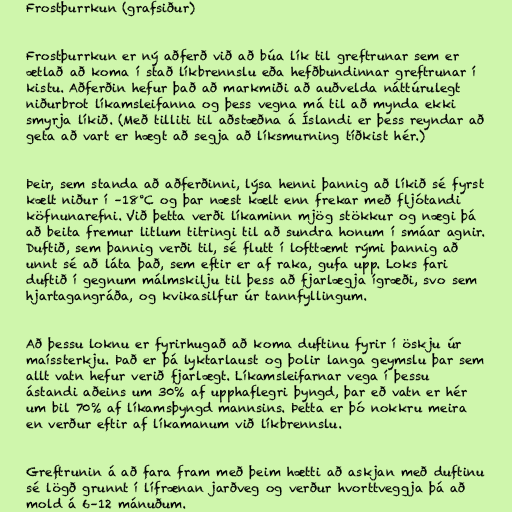
Frostþurrkun (grafsiður)

Frostþurrkun er ný aðferð við að búa lík til greftrunar sem er
ætlað að koma í stað líkbrennslu eða hefðbundinnar greftrunar í
kistu. Aðferðin hefur það að markmiði að auðvelda náttúrulegt
niðurbrot líkamsleifanna og þess vegna má til að mynda ekki
smyrja líkið. (Með tilliti til aðstæðna á Íslandi er þess reyndar að
geta að vart er hægt að segja að líksmurning tíðkist hér.)

Þeir, sem standa að aðferðinni, lýsa henni þannig að líkið sé fyrst
kælt niður í –18°C og þar næst kælt enn frekar með fljótandi
köfnunarefni. Við þetta verði líkaminn mjög stökkur og nægi þá
að beita fremur litlum titringi til að sundra honum í smáar agnir.
Duftið, sem þannig verði til, sé flutt í lofttæmt rými þannig að
unnt sé að láta það, sem eftir er af raka, gufa upp. Loks fari
duftið í gegnum málmskilju til þess að fjarlægja ígræði, svo sem
hjartagangráða, og kvikasilfur úr tannfyllingum.

Að þessu loknu er fyrirhugað að koma duftinu fyrir í öskju úr
maíssterkju. Það er þá lyktarlaust og þolir langa geymslu þar sem
allt vatn hefur verið fjarlægt. Líkamsleifarnar vega í þessu
ástandi aðeins um 30% af upphaflegri þyngd, þar eð vatn er hér
um bil 70% af líkamsþyngd mannsins. Þetta er þó nokkru meira
en verður eftir af líkamanum við líkbrennslu.

Greftrunin á að fara fram með þeim hætti að askjan með duftinu
sé lögð grunnt í lífrænan jarðveg og verður hvorttveggja þá að
mold á 6–12 mánuðum.